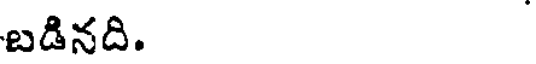
బడినది.